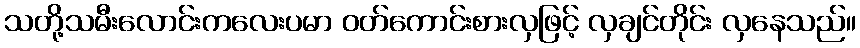
သတို့သမီးလောင်းကလေးပမာ ဝတ်ကောင်းစားလှဖြင့် လှချင်တိုင်း လှနေသည်။